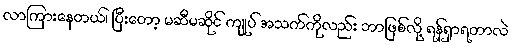
လာကြားနေတယ်၊ ပြီးတော့ မဆီမဆိုင် ကျုပ် အသက်ကိုလည်း ဘာဖြစ်လို့ ရန်ရှာရတာလဲ